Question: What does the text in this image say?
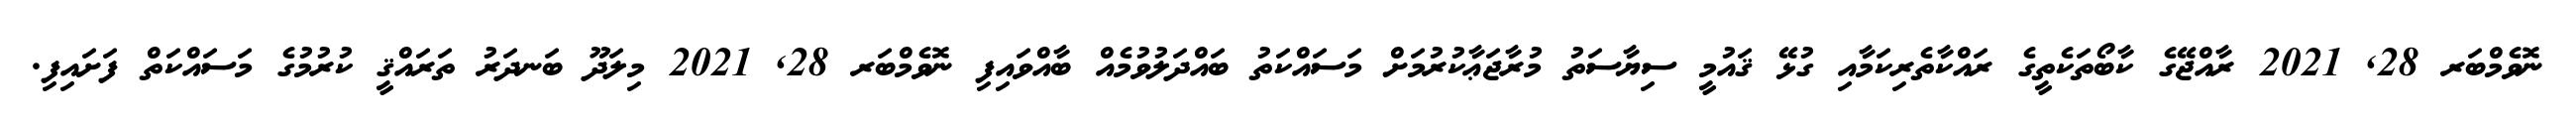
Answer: ނޮވެމްބަރ 28, 2021 ރާއްޖޭގެ ކާބޯތަކެތީގެ ރައްކާތެރިކަމާއި ގުޅޭ ޤައުމީ ސިޔާސަތު މުރާޖަޢާކުރުމަށް މަސައްކަތު ބައްދަލުވުމެއް ބާއްވައިފި ނޮވެމްބަރ 28, 2021 މިލަދޫ ބަނދަރު ތަރައްޤީ ކުރުމުގެ މަސައްކަތް ފަށައިފި.